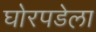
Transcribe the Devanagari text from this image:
घोरपडेला